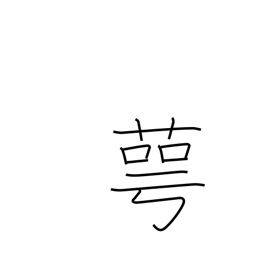
Meaning: calyx